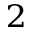
_ 2